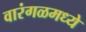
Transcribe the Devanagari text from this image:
वारंगळमध्ये